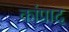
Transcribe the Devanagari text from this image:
कांप्राद